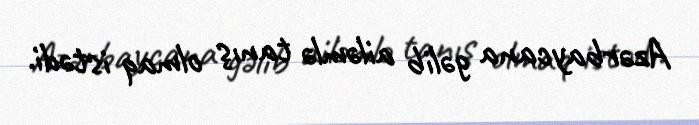
Azərbaycana gəlib ailəmlə tanış olmaq istədi.